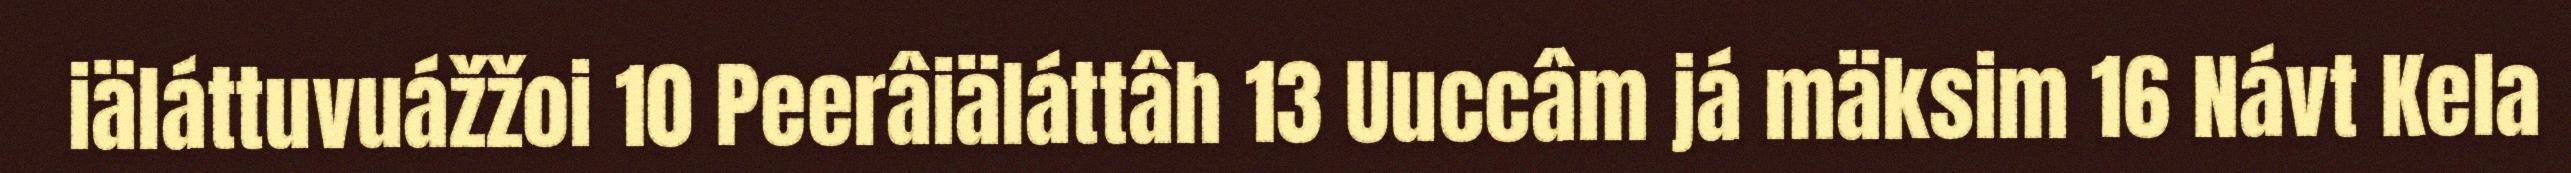
iäláttuvuážžoi 10 Peerâiäláttâh 13 Uuccâm já mäksim 16 Návt Kela